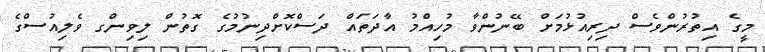
މީގެ އިތުރުންވެސް ދިރިއުޅުމަށް ބޭނުންވާ މުހިއްމު އާދަތައް ދަސްކޮށްދިނުމުގެ ގޮތުން ލިވިންގ ވެލިއުސްގެ